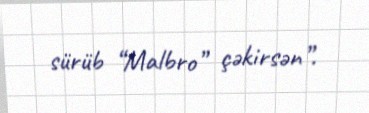
sürüb “Malbro” çəkirsən”.